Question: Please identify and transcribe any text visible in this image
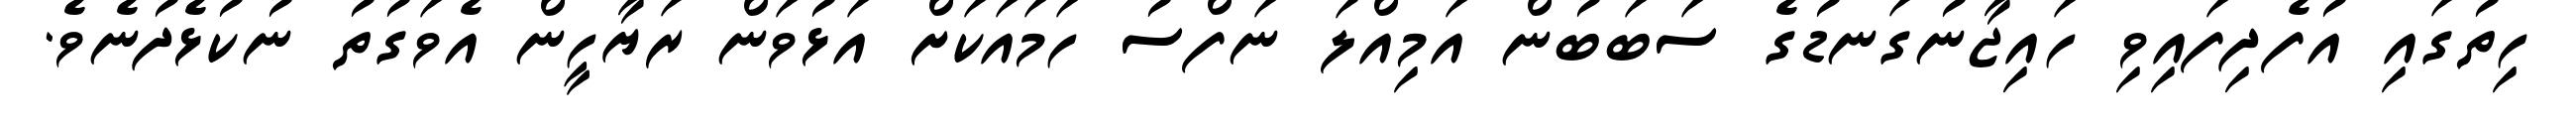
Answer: ހިތުގައި އުފެދިފައިވި ހައިޖާނުގަނޑުގެ ސަބަބުން އަމިއްލަ ނަފްސު ހަމައަކަށް އަޅުވަން ރަޔާހީން އެވަގުތު ނުކުޅެދުނެވެ.